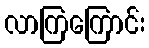
လာကြကြောင်း